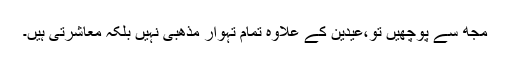
مجھ سے پوچھیں تو،عیدین کے علاوہ تمام تہوار مذھبی نہیں بلکہ معاشرتی ہیں۔